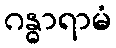
ဂန္ဓာရာမံ